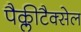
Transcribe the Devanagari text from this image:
पैक्लीटैक्सेल